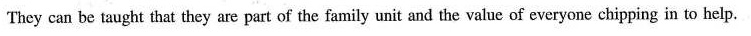
They can be taught that they are part of thefamily unit and the value of everyone chipping in to help.